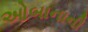
ઓબાનાની